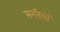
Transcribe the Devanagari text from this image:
सरदियों